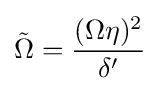
{\tilde {\Omega }}={\frac {(\Omega \eta )^{2}}{\delta '}}